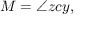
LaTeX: M = \angle z c y ,